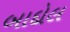
બાદોલ